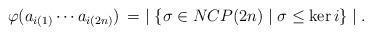
LaTeX: \begin{align*} \varphi ( a_{i(1)} \cdots a_{i(2n)} ) \, = \ \mid \{ \sigma \in NCP(2n) \mid \sigma \leq \ker i \} \mid .\end{align*}